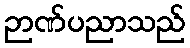
ဉာဏ်ပညာသည်